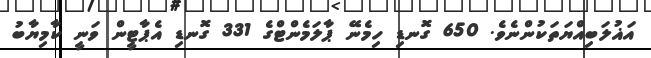
އަޣުލަބިއްޔަތަކުންނެވެ. 650 ގޮނޑި ހިމެނޭ ޕާލަމެންޓްގެ 331 ގޮނޑި އެޕާޓީން ވަނީ ކާމިޔާބު